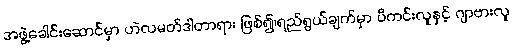
အဖွဲ့ခေါင်းဆောင်မှာ ဟဲလမတ်ဒါတာရား ဖြစ်၍၊ရည်ရွယ်ချက်မှာ ပီကင်းလူနှင့် ဂျာဗားလူ